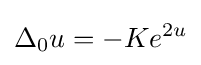
\Delta _{0}u=-Ke^{2u}